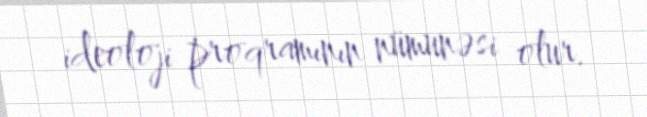
ideoloji proqramının nümunəsi olur.